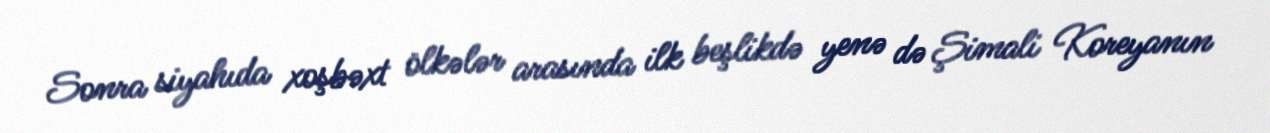
Sonra siyahıda xoşbəxt ölkələr arasında ilk beşlikdə yenə də Şimali Koreyanın